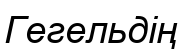
Гегельдің